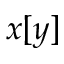
x [ y ]